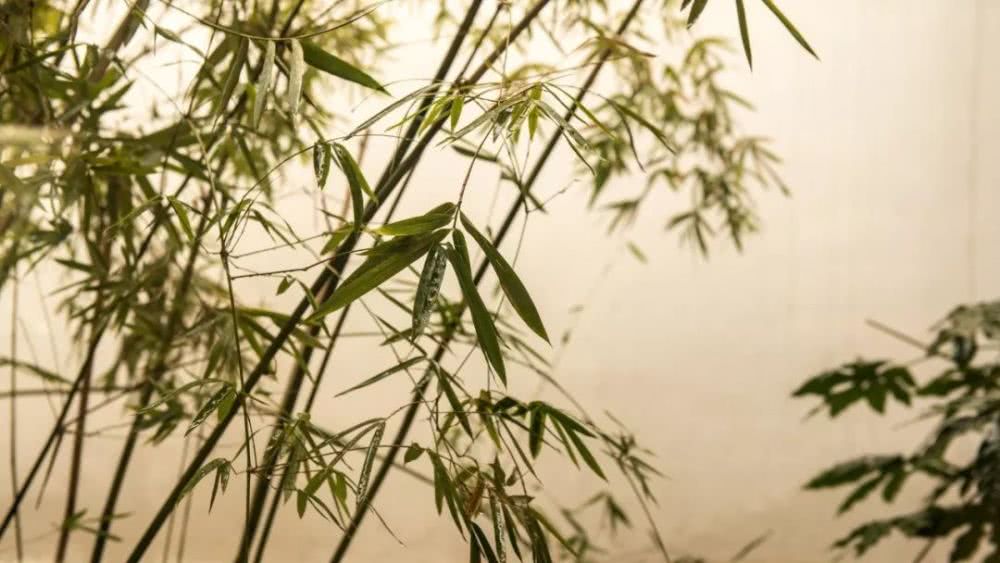
柏府楼台衔倒影，茅茨松竹泻寒声。